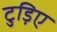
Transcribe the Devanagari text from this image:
टुड़िए